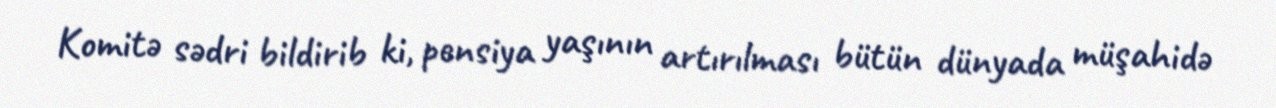
Komitə sədri bildirib ki, pensiya yaşının artırılması bütün dünyada müşahidə